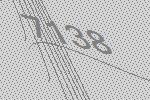
7138